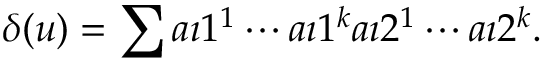
\delta ( u ) = \sum a \i 1 ^ { 1 } \cdots a \i 1 ^ { k } \o a \i 2 ^ { 1 } \cdots a \i 2 ^ { k } .